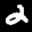
Label: 2